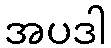
အပဒါ